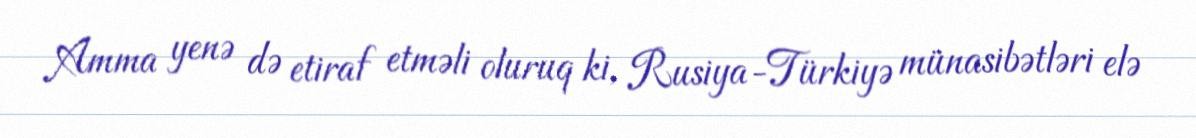
Amma yenə də etiraf etməli oluruq ki, Rusiya-Türkiyə münasibətləri elə